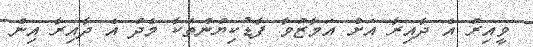
ވީއިރު އެ ދާއިރާ އަށް އަމާޒުވާ ފާޑުކިޔުންތަކާ މެދު އެ ދާއިރާ އިން